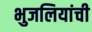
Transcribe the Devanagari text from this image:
भुजलियांची